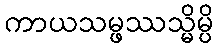
ကာယသမ္ဖဿသ္မိမ္ပိ